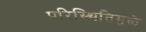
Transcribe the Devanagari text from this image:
परिस्थितिमुळे